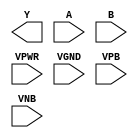
module sky130_fd_sc_hd__nor2 (
    Y   ,
    A   ,
    B   ,
    VPWR,
    VGND,
    VPB ,
    VNB
);

    output Y   ;
    input  A   ;
    input  B   ;
    input  VPWR;
    input  VGND;
    input  VPB ;
    input  VNB ;
endmodule